Civil Veterinary Department Bengal reports 1933-51 - 1933-1951
Year: 1933
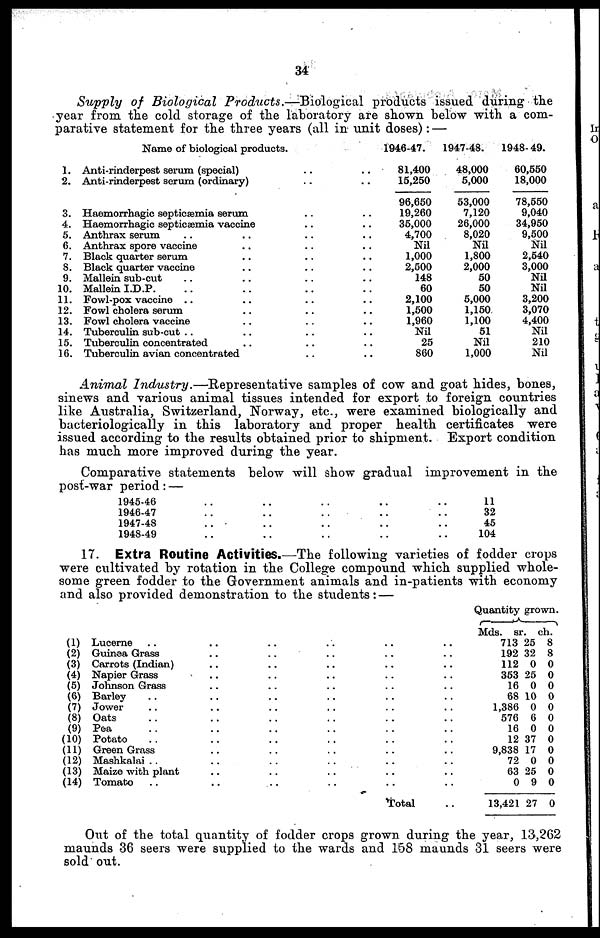
34
Supply of Biological Products.—Biological
products issued during the
year from the cold storage of the laboratory are shown below with a com-
parative statement for the three years (all in unit doses) : —
1.
2.
3.
4.
5.
6.
7.
8.
9.
10.
11.
12.
13.
14.
15.
16.
Name of biological products.
Anti-rinderpest serum (special) .. ..
Anti-rinderpest serum (ordinary) .. ..
Haemorrhagic septicæmia serum .. ..
Haemorrhagic septicæmia vaccine .. ..
Anthrax serum .. .. .. ..
Anthrax spore vaccine .. .. ..
Black quarter serum .. .. ..
Black quarter vaccine .. .. ..
Mallein sub-cut .. .. .. ..
Mallein I.D.P. .. .. .. ..
Fowl-pox vaccine .. .. .. ..
Fowl cholera serum .. .. ..
Fowl cholera vaccine .. .. ..
Tuberculin sub-cut .. .. .. ..
Tuberculin concentrated .. .. .. ..
Tuberculin avian concentrated .. ..
1946-47.
81,400
15,250
96,650
19,260
35,000
4,700
Nil
1,000
2,500
148
60
2,100
1,500
1,960
Nil
25
860
1947-48.
48,000
5,000
53,000
7,120
26,000
8,020
Nil
1,800
2,000
50
50
5,000
1,150
1,100
51
Nil
1,000
1948-49.
60,550
18,000
78,550
9,040
34,950
9,500
Nil
2,540
3,000
Nil
Nil
3,200
3,070
4,400
Nil
210
Nil
Animal Industry.—Representative
samples of cow and goat hides, bones,
sinews and various animal tissues intended for export to foreign countries
like Australia, Switzerland, Norway, etc., were examined biologically and
bacteriologically in this laboratory and proper health certificates were
issued according to the results obtained prior to shipment. Export condition
has much more improved during the year.
Comparative statements below will show gradual improvement in the
post-war period : —
1945-46 .. .. .. .. ..
1946-47 .. .. .. .. ..
1947-48 .. .. .. .. ..
1948-49 .. .. .. .. ..
11
32
45
104
17. Extra Routine Activities.—The following varieties of fodder crops
were cultivated by rotation in the College compound which supplied whole-
some green fodder to the Government animals and in-patients with economy
and also provided demonstration to the students : —
(1)
(2)
(3)
(4)
(5)
(6)
(7)
(8)
(9)
(10)
(11)
(12)
(13)
(14)
Lucerne .. .. .. .. .. ..
Guinea Grass .. .. .. .. ..
Carrots (Indian) .. .. .. .. ..
Napier Grass .. .. .. .. ..
Johnson Grass .. .. .. .. ..
Barley .. .. .. .. .. ..
Jower .. .. .. .. .. ..
Oats .. .. .. .. .. ..
Pea .. .. .. .. .. ..
Potato .. .. .. .. .. ..
Green Grass .. .. .. .. ..
Mashkalai .. .. .. .. .. ..
Maize with plant .. .. .. .. ..
Tomato .. .. .. .. .. ..
Total ..
Quantity grown.
Mds.
713
192
112
353
16
68
1,386
576
16
12
9,838
72
63
0
13,421
sr.
25
32
0
25
0
10
0
6
0
37
17
0
25
9
27
ch.
8
8
0
0
0
0
0
0
0
0
0
0
0
0
0
Out of the total quantity of fodder crops grown during the year, 13,262
maunds 36 seers were supplied to the wards and 158 maunds 31 seers were
sold out.